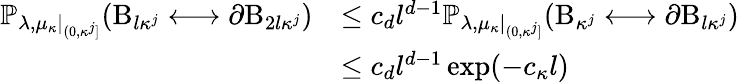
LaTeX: \begin{array}{rl}{\mathbb{P}_{\lambda,\mu_{\kappa}|_{(0,\kappa^{j}]}}(\mathrm B_{l\kappa^{j}}\longleftrightarrow\partial\mathrm B_{2l\kappa^{j}})}&{\leq c_{d}l^{d-1}\mathbb{P}_{\lambda,\mu_{\kappa}|_{(0,\kappa^{j}]}}(\mathrm B_{\kappa^{j}}\longleftrightarrow\partial\mathrm B_{l\kappa^{j}})}\\ &{\leq c_{d}l^{d-1}\exp(-c_{\kappa}l)}\end{array}